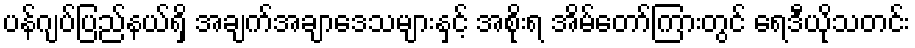
ပန်ဂျပ်ပြည်နယ်ရှိ အချက်အချာဒေသများနှင့် အစိုးရ အိမ်တော်ကြားတွင် ရေဒီယိုသတင်း